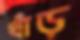
খাঁড়